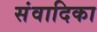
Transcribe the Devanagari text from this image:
संवादिका